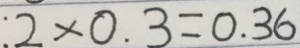
: 2 \times 0 . 3 = 0 . 3 6